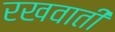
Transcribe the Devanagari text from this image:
रखवाती